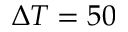
\Delta T = 5 0